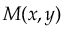
M ( x , y )